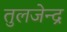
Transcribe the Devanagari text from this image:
तुलजेन्द्र